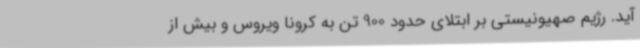
آید. رژیم صهیونیستی بر ابتلای حدود 900 تن به کرونا ویروس و بیش از